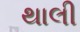
થાલી